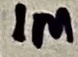
Text: 1M